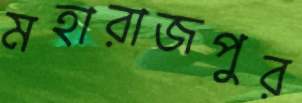
মহারাজপুর